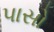
પાસો